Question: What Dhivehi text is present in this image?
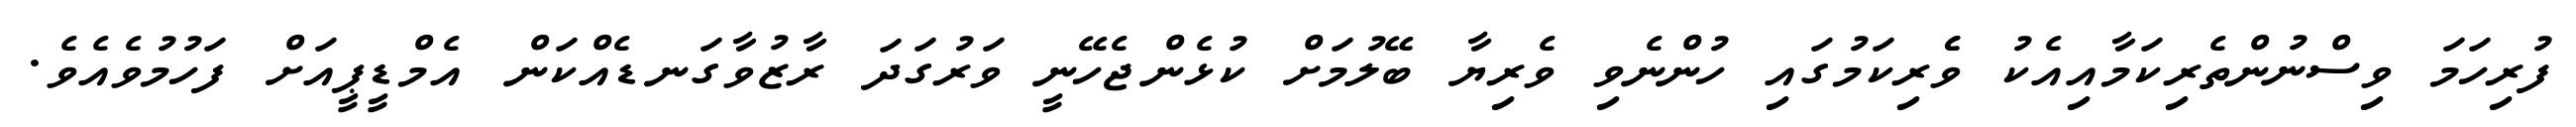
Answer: ފުރިހަމަ ވިސްނުންތެރިކަމާއިއެކު ވެެރިކަމުގައި ހުންނެވި ވެރިޔާ ބޭލުމަށް ކުޅެންޖެހޭނީ ވަރުގަދަ ރާޒުވާގަނޑެއްކަން އެމްޑީޕީއަށް ފަހުމުވެއެވެ.